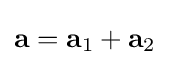
\mathbf {a} =\mathbf {a} _{1}+\mathbf {a} _{2}